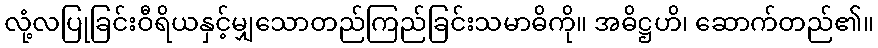
လုံ့လပြုခြင်းဝီရိယနှင့်မျှသောတည်ကြည်ခြင်းသမာဓိကို။ အဓိဋ္ဌဟိ၊ ဆောက်တည်၏။